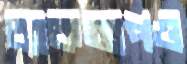
ব্যাকআপও